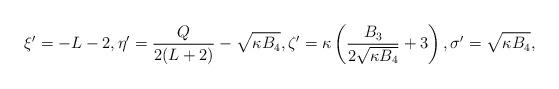
LaTeX: \begin{align*} \xi' = -L-2, \eta' = \frac{Q}{2(L+2)} - \sqrt{\kappa B_4}, \zeta' = \kappa \left( \frac{B_3}{2\sqrt{\kappa B_4}} + 3\right), \sigma' = \sqrt{\kappa B_4},\end{align*}